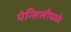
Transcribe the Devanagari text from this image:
पेन्सिलीमध्ये